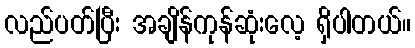
လည်ပတ်ပြီး အချိန်ကုန်ဆုံးလေ့ ရှိပါတယ်။